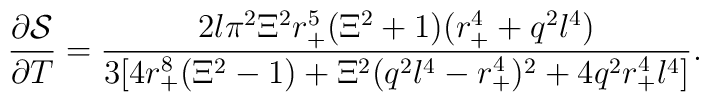
\frac{\partial \mathcal{S}}{\partial T}=\frac{2l\pi ^2\Xi ^2r_{+}^5(\Xi^2+1)(r_{+}^4+q^2l^4)}{3[4r_{+}^8(\Xi ^2-1)+\Xi^2(q^2l^4-r_{+}^4)^2+4q^2r_{+}^4l^4]}.